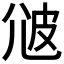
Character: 𤿑